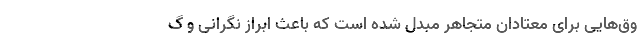
وق‌هایی برای معتادان متجاهر مبدل شده است که باعث ابراز نگرانی و گ